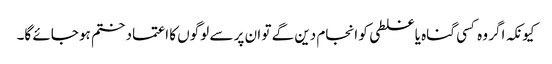
کیونکہ اگر وہ کسی گناہ یا غلطی کو انجام دین گے تو ان پر سے لوگوں کا اعتماد ختم ہو جائے گا۔